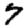
Digit: 7